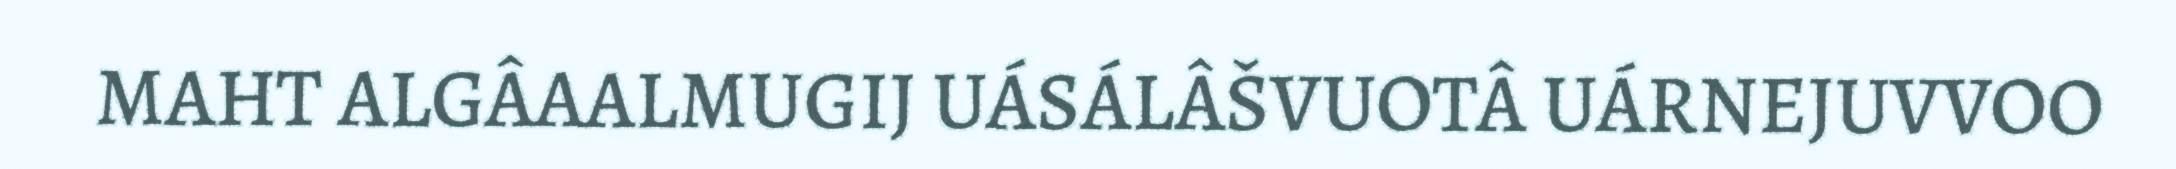
MAHT ALGÂAALMUGIJ UÁSÁLÂŠVUOTÂ UÁRNEJUVVOO